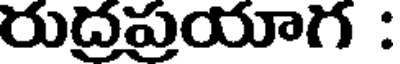
రుద్రప్రయాగ :